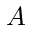
A